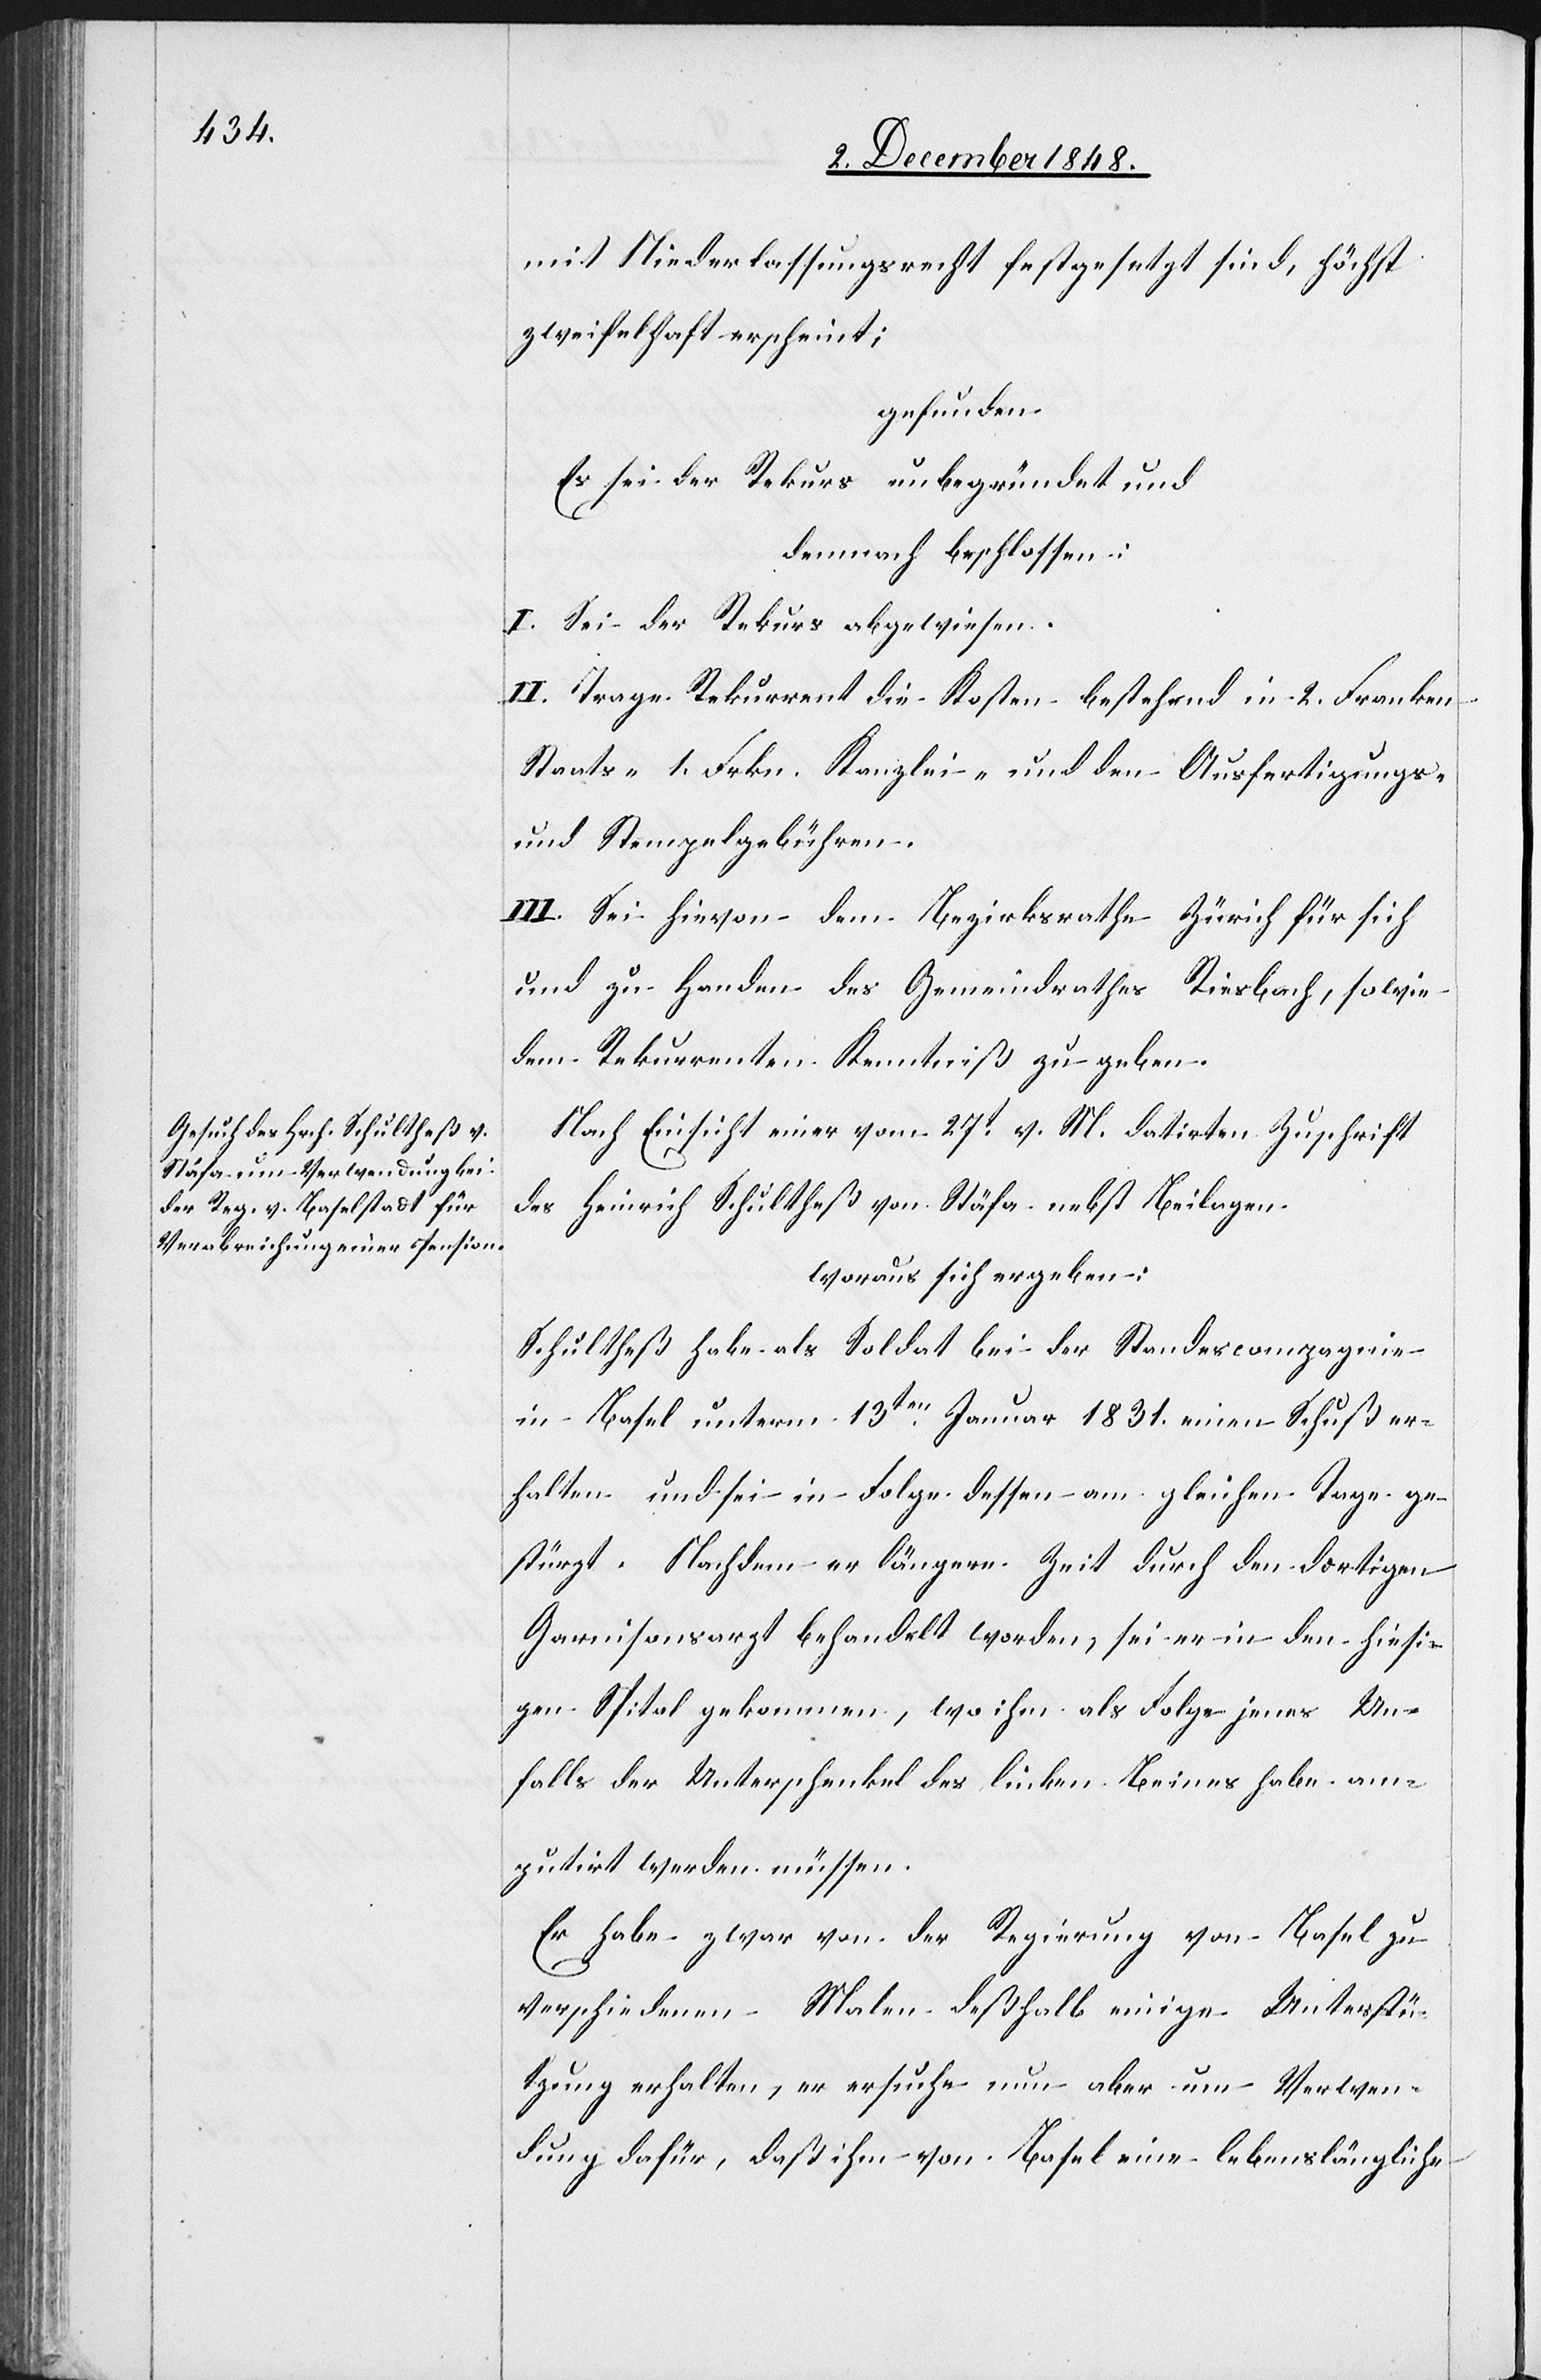
mit Niederlassungsrecht festgesetzt sind, höchst
zweifelhaft erscheint;
gefunden
Es sei der Rekurs unbegründet und
demnach beschlossen:
I. Sei der Rekurs abgewiesen.
II. Trage Rekurrent die Kosten bestehend in 2. Franken
Staats-[,] 1. Frkn. Kanzlei- und den Ausfertigungs-
und Stempelgebühren.
III. Sei hievon dem Bezirksrathe Zürich für sich
und zu Handen des Gemeindrathes Riesbach, sowie
dem Rekurrenten Kenntniß zu geben.
Nach Einsicht einer vom 27t v. M. datirten Zuschrift
des Heinrich Schultheß von Stäfa nebst Beilagen
woraus sich ergeben:
Schulheß habe als Soldat bei der Standescompagnie
in Basel unterm 13ten Januar 1831. einen Schuß er¬
halten und sei in Folge dessen am gleichen Tage ge¬
stürzt. Nachdem er längere Zeit durch den dortigen
Garnisonsarzt behandelt worden, sei er in den hiesi¬
gen Spital gekommen, wo ihm als Folge jenes Un¬
falls der Unterschenkel des linken Beines habe am¬
putirt werden müssen.
Er habe zwar von der Regierung von Basel zu
verschiedenen Malen deßhalb einige Unterstü¬
tzung erhalten, ersuche nun aber um Verwen¬
dung dafür, daß ihm von Basel eine lebenslängliche